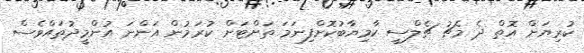
ކުރިޔަށް އޮތް ދެ މެޗު ޗެލްސީ ކާމިޔާބުކޮށްފިނަމަ ތަށްޓަށް ކުރަމުން އަންނަ އުންމީދުތައްވެސް